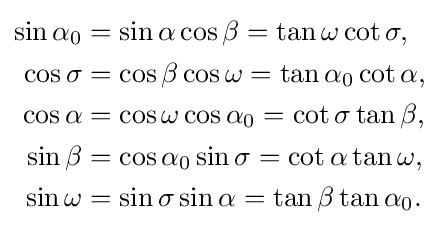
{\begin{aligned}\sin \alpha _{0}&=\sin \alpha \cos \beta =\tan \omega \cot \sigma ,\\\cos \sigma &=\cos \beta \cos \omega =\tan \alpha _{0}\cot \alpha ,\\\cos \alpha &=\cos \omega \cos \alpha _{0}=\cot \sigma \tan \beta ,\\\sin \beta &=\cos \alpha _{0}\sin \sigma =\cot \alpha \tan \omega ,\\\sin \omega &=\sin \sigma \sin \alpha =\tan \beta \tan \alpha _{0}.\end{aligned}}